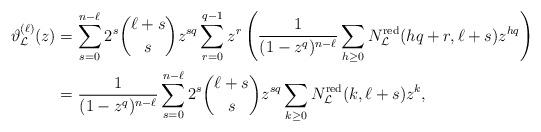
LaTeX: \begin{align*}\vartheta_{\mathcal L}^{(\ell)}(z)&= \sum_{s=0}^{n-\ell } 2^s\binom{\ell +s}{s} z^{sq} \sum_{r=0}^{q-1} z^r\left( \frac{1}{(1-z^q)^{n-\ell}} \sum_{h\geq0} N_{\mathcal L}^{\mathrm{red}}(hq+r,\ell +s) z^{hq}\right) \\&= \frac{1}{(1-z^q)^{n-\ell}} \sum_{s=0}^{n-\ell } 2^s\binom{\ell +s}{s} z^{sq} \sum_{k\geq0} N_{\mathcal L}^{\mathrm{red}}(k,\ell +s) z^{k},\end{align*}